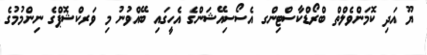
ޔޫ އަދި ކޮމަންވެލްތް ބްރޯޑްކާސްޓިންގ އެސޯސިއޭޝަންގެ އެހީގައި ބޭއްވުނު މި ވަރކްޝޮޕްގެ ނިންމުމުގެ